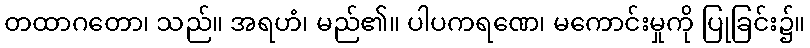
တထာဂတော၊ သည်။ အရဟံ၊ မည်၏။ ပါပကရဏေ၊ မကောင်းမှုကို ပြုခြင်း၌။